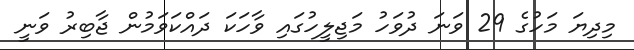
މިދިޔަ މަހުގެ 29 ވަނަ ދުވަހު މަޖިލީހުގައި ވާހަކަ ދައްކަވަމުން ޖާބިރު ވަނީ